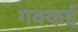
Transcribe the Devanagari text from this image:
गक्‍कई